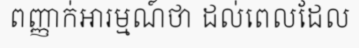
ពញ្ញាក់អារម្មណ៍ថា ដល់ពេលដែល